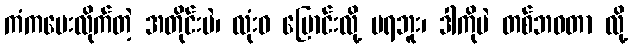
ကံကပေးလိုက်တဲ့ အတိုင်းပဲ၊ လုံးဝ ပြောင်းလို့ မရဘူး၊ ဒါကိုပဲ တစ်ဘဝတာ လို့